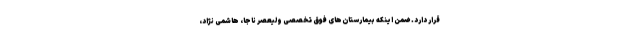
قرار دارد. ضمن اینکه بیمارستان‌های فوق تخصصی ولیعصر ناجا، هاشمی نژاد،